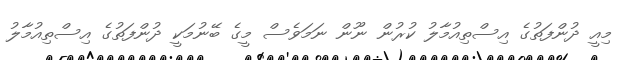
މިއީ ދުންފަތުގެ އިސްތިއުމާލު ކުރުން ނޫން ނަމަވެސް މީގެ ބޭނުމަކީ ދުންފަތުގެ އިސްތިއުމާލު